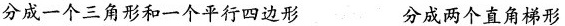
分成一个三角形和一个平行四边形 分成两个直角梯形